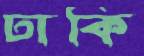
ঢাকি